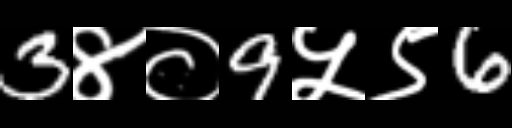
Text: 3४०9५९6